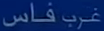
غَرْبِ فَاس